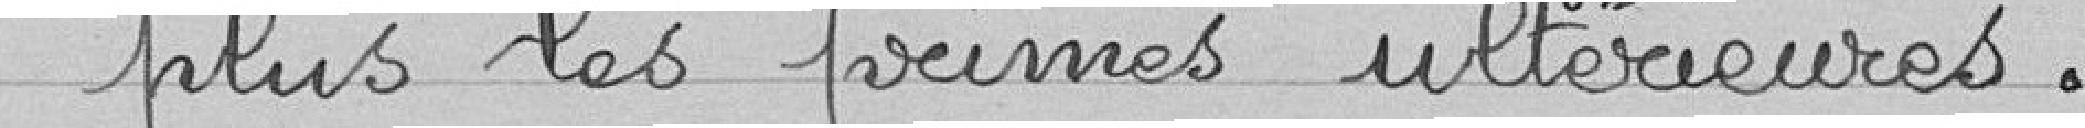
"plus les primes ultérieures.